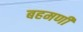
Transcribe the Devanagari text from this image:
बहमणी